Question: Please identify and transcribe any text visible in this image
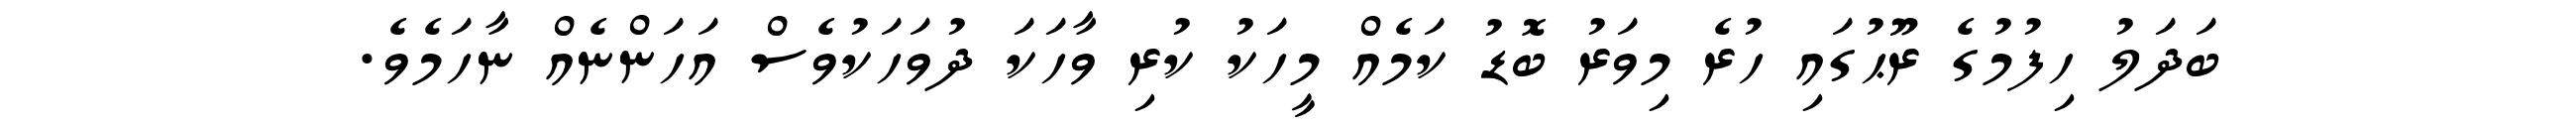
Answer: ބަދަލު ހިފުމުގެ ރޫޙުގައި ހުރެ މިވަރު ބޮޑު ކަމެއް މީހަކު ކުރި ވާހަކަ ދުވަހަކުވެސް އަހަންނެއް ނާހަމެވެ.